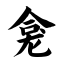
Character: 龛